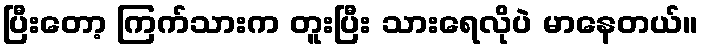
ပြီးတော့ ကြက်သားက တူးပြီး သားရေလိုပဲ မာနေတယ်။